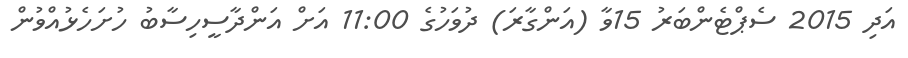
އަދި 2015 ސެޕްޓެންބަރު 15ވާ (އަންގާރަ) ދުވަހުގެ 11:00 އަށް އަންދާސީހިސާބު ހުށަހެޅުއްވުން